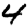
Digit: 4